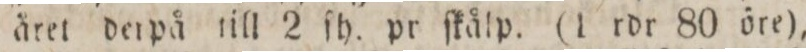
året derpå till 2 ſh. pr ſkålp. (1 rdr 80 öre),